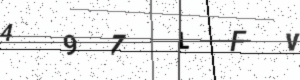
Text: 497LFV